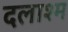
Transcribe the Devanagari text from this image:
दलाश्म